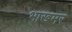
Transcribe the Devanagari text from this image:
भाखमर